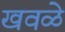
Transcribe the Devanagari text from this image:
खवळे